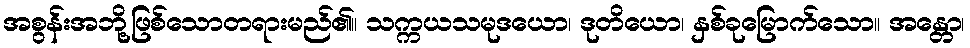
အစွန်းအဘို့ဖြစ်သောတရားမည်၏။ သက္ကယသမုဒယော၊ ဒုတိယော၊ နှစ်ခုမြောက်သော။ အန္တော၊